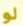
لو